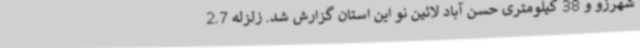
شهرزو و 38 کیلومتری حسن آباد لائین نو این استان گزارش شد. زلزله 2.7